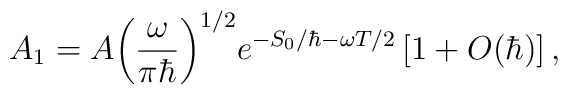
{A_1}=A{{\left({{\omega}\over{\pi\hbar}}\right)}^{1/2}}{e^{-{S_0}/\hbar-\omega T/2}}\left[1+O(\hbar)\right],